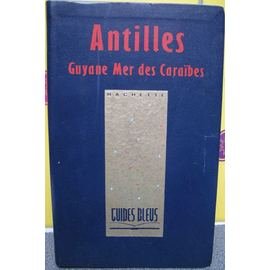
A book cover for Antilles: Guyane, mer des Caraibes (Guides bleus) (French Edition); Collectif; Travel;